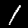
Label: 1